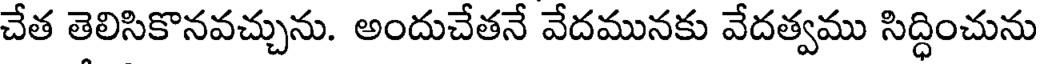
చేత తెలిసికొనవచ్చును. అందుచేతనే వేదమునకు వేదత్వము సిద్ధించును